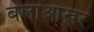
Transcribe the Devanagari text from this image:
बलाआख़र